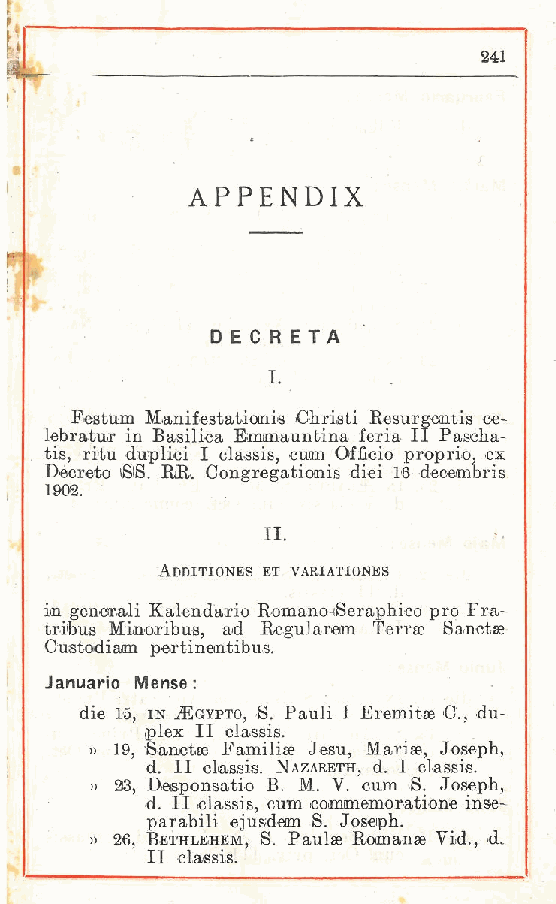
i
 241
 I
 APPENDIX
 DECRETA
 I
 .
 Festum Manifestationis Christi Resurgeatis ce-
 lebratur in Basilica Emmauntina feria II Pascha-
 tis, ritu duplici I classis cum Officio proprio, ex
 Decreto SS EU. Congreg, ationis dici 16 deoambris
 .
 1902.
 II.
 Additiones et variationes
 in generali Kalendario Romano Seraphico prò Fra-
 trious Minoxibus, ad Regularom Terree Sanctae
 Custodiam pertinentibus.
 Januario Mense:
 die 15, in Egvpto, S. Pauli I Eremitse C, du-
 plex II classis.
 » 19 Sanctae Familise Jesu, Marise, Joseph,
 , d II classis. Nazareth, d. I cLassis.
 » 33 D.esponsatio B. M. V. cum iS. Joseph,
 ,
 d II classis, cum comimemoratione inse-
 .
 parabili ejusdeim S. Joseph.
 » 26 Bethlbhem, S. Paulse Romanae Vid., d.
 ,
 II classis.
 t